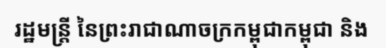
រដ្ឋមន្ត្រី នៃព្រះរាជាណាចក្រកម្ពុជាកម្ពុជា និង